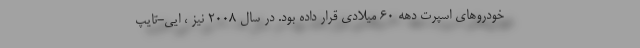
خودروهای اسپرت دهه 60 میلادی قرار داده بود. در سال 2008 نیز ، ایی-تایپ